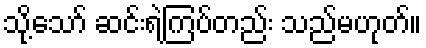
သို့သော် ဆင်းရဲကြပ်တည်း သည်မဟုတ်။